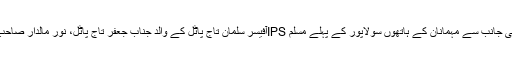
گُل بوٹے اور اُردو میلہ کی جانب سے مہمانان کے ہاتھوں سولاپور کے پہلے مسلم IPSآفیسر سلمان تاج پاٹل کے والد جناب جعفر تاج پاٹل، نور مالدار صاحب، ڈاکٹر الطاف شیخ، سی۔